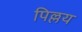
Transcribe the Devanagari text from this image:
पिल्लय